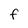
Character: F